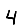
Digit: 4